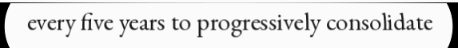
every five years to progressively consolidate